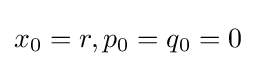
x_{0}=r,p_{0}=q_{0}=0